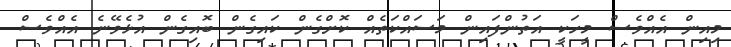
މިއިން އެއްވެސް މީހަކީ އަތުންފައިން މަސައްކަތެއް ކޮށްގެން ކައިގެން ބޮއިގެން އުޅެވޭނެ އެއްވެސް